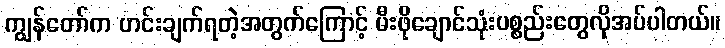
ကျွန်တော်က ဟင်းချက်ရတဲ့အတွက်ကြောင့် မီးဖိုချောင်သုံးပစ္စည်းတွေလိုအပ်ပါတယ်။